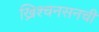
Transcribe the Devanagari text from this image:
ख्रिश्चनसनची